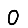
Digit: 0